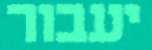
יעבור